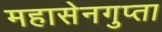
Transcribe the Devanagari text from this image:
महासेनगुप्ता